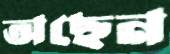
অছেন